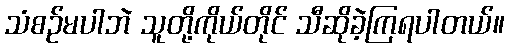
သံစဉ်မပါဘဲ သူတို့ကိုယ်တိုင် သီဆိုခဲ့ကြရပါတယ်။